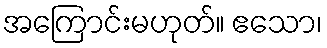
အကြောင်းမဟုတ်။ ဧသော၊